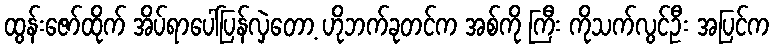
ထွန်းဇော်ထိုက် အိပ်ရာပေါ်ပြန်လှဲတော့ ဟိုဘက်ခုတင်က အစ်ကို ကြီး ကိုသက်လွင်ဦး အပြင်က